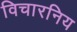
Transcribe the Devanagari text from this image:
विचारनिय